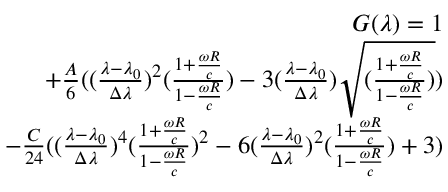
\begin{array} { r } { G ( \lambda ) = 1 } \\ { + \frac { A } { 6 } ( ( \frac { \lambda - \lambda _ { 0 } } { \Delta \lambda } ) ^ { 2 } ( \frac { 1 + \frac { \omega R } { c } } { 1 - \frac { \omega R } { c } } ) - 3 ( \frac { \lambda - \lambda _ { 0 } } { \Delta \lambda } ) \sqrt { ( \frac { 1 + \frac { \omega R } { c } } { 1 - \frac { \omega R } { c } } ) } ) } \\ { - \frac { C } { 2 4 } ( ( \frac { \lambda - \lambda _ { 0 } } { \Delta \lambda } ) ^ { 4 } ( \frac { 1 + \frac { \omega R } { c } } { 1 - \frac { \omega R } { c } } ) ^ { 2 } - 6 ( \frac { \lambda - \lambda _ { 0 } } { \Delta \lambda } ) ^ { 2 } ( \frac { 1 + \frac { \omega R } { c } } { 1 - \frac { \omega R } { c } } ) + 3 ) } \end{array}